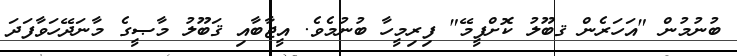
ބުނުމުން "އަހަރެން ޤބޫލު ކޮށްފީމޭ" ފިރިމީހާ ބުނުމެވެ. އީޖާބާއި ޤަބޫލު މާޞީގެ މާނަދޭހަވާފަދަ